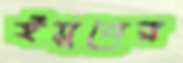
ইয়ুনের